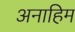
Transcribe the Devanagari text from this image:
अनाहिम